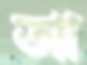
আ